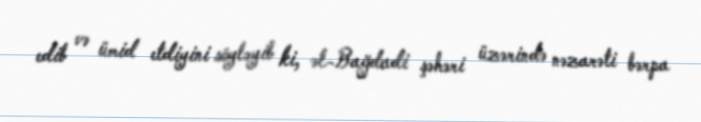
edib və ümid etdiyini söyləyib ki, əl-Bağdadi şəhəri üzərində nəzarəti bərpa